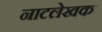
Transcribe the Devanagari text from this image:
नाटलेखक